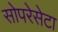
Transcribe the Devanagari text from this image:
सोपरेसेटा